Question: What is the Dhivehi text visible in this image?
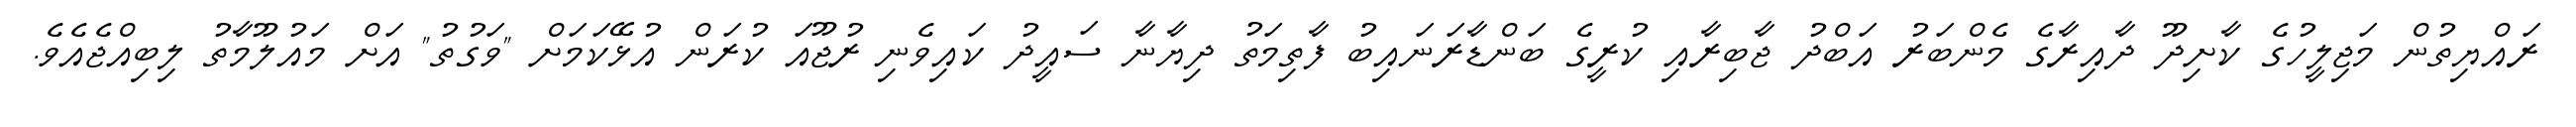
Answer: ރައްޔިތުން މަޖިލީހުގެ ކާށިދޫ ދާއިރާގެ މެންބަރު އަބްދު ޖާބިރާއި ކުރީގެ ބަންޑާރަނައިބު ފާތިމަތު ދިޔާނާ ސައީދު ކައިވެނި ރުޖޫއަ ކުރަން އުޅޭކަމަށް "ވަގުތު" އަށް މައުލޫމާތު ލިބިއްޖެއެވެ.